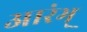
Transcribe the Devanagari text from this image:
आरंभ्